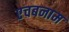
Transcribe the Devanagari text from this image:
एचबनाम